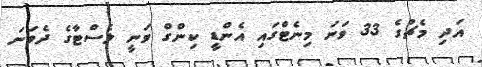
އަދި މެޗުގެ 33 ވަނަ މިނެޓްގައި އެންޑީ ކިންގް ވަނީ ލެސްޓާގެ ދެވަނަ